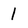
Character: 1